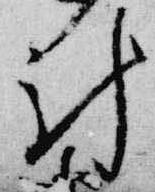
計